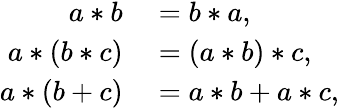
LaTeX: \begin{array}{rl}{a*b}&{{}=b*a,}\\ {a*(b*c)}&{{}=(a*b)*c,}\\ {a*(b+c)}&{{}=a*b+a*c,}\end{array}